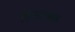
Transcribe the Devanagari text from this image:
हिसात्मक